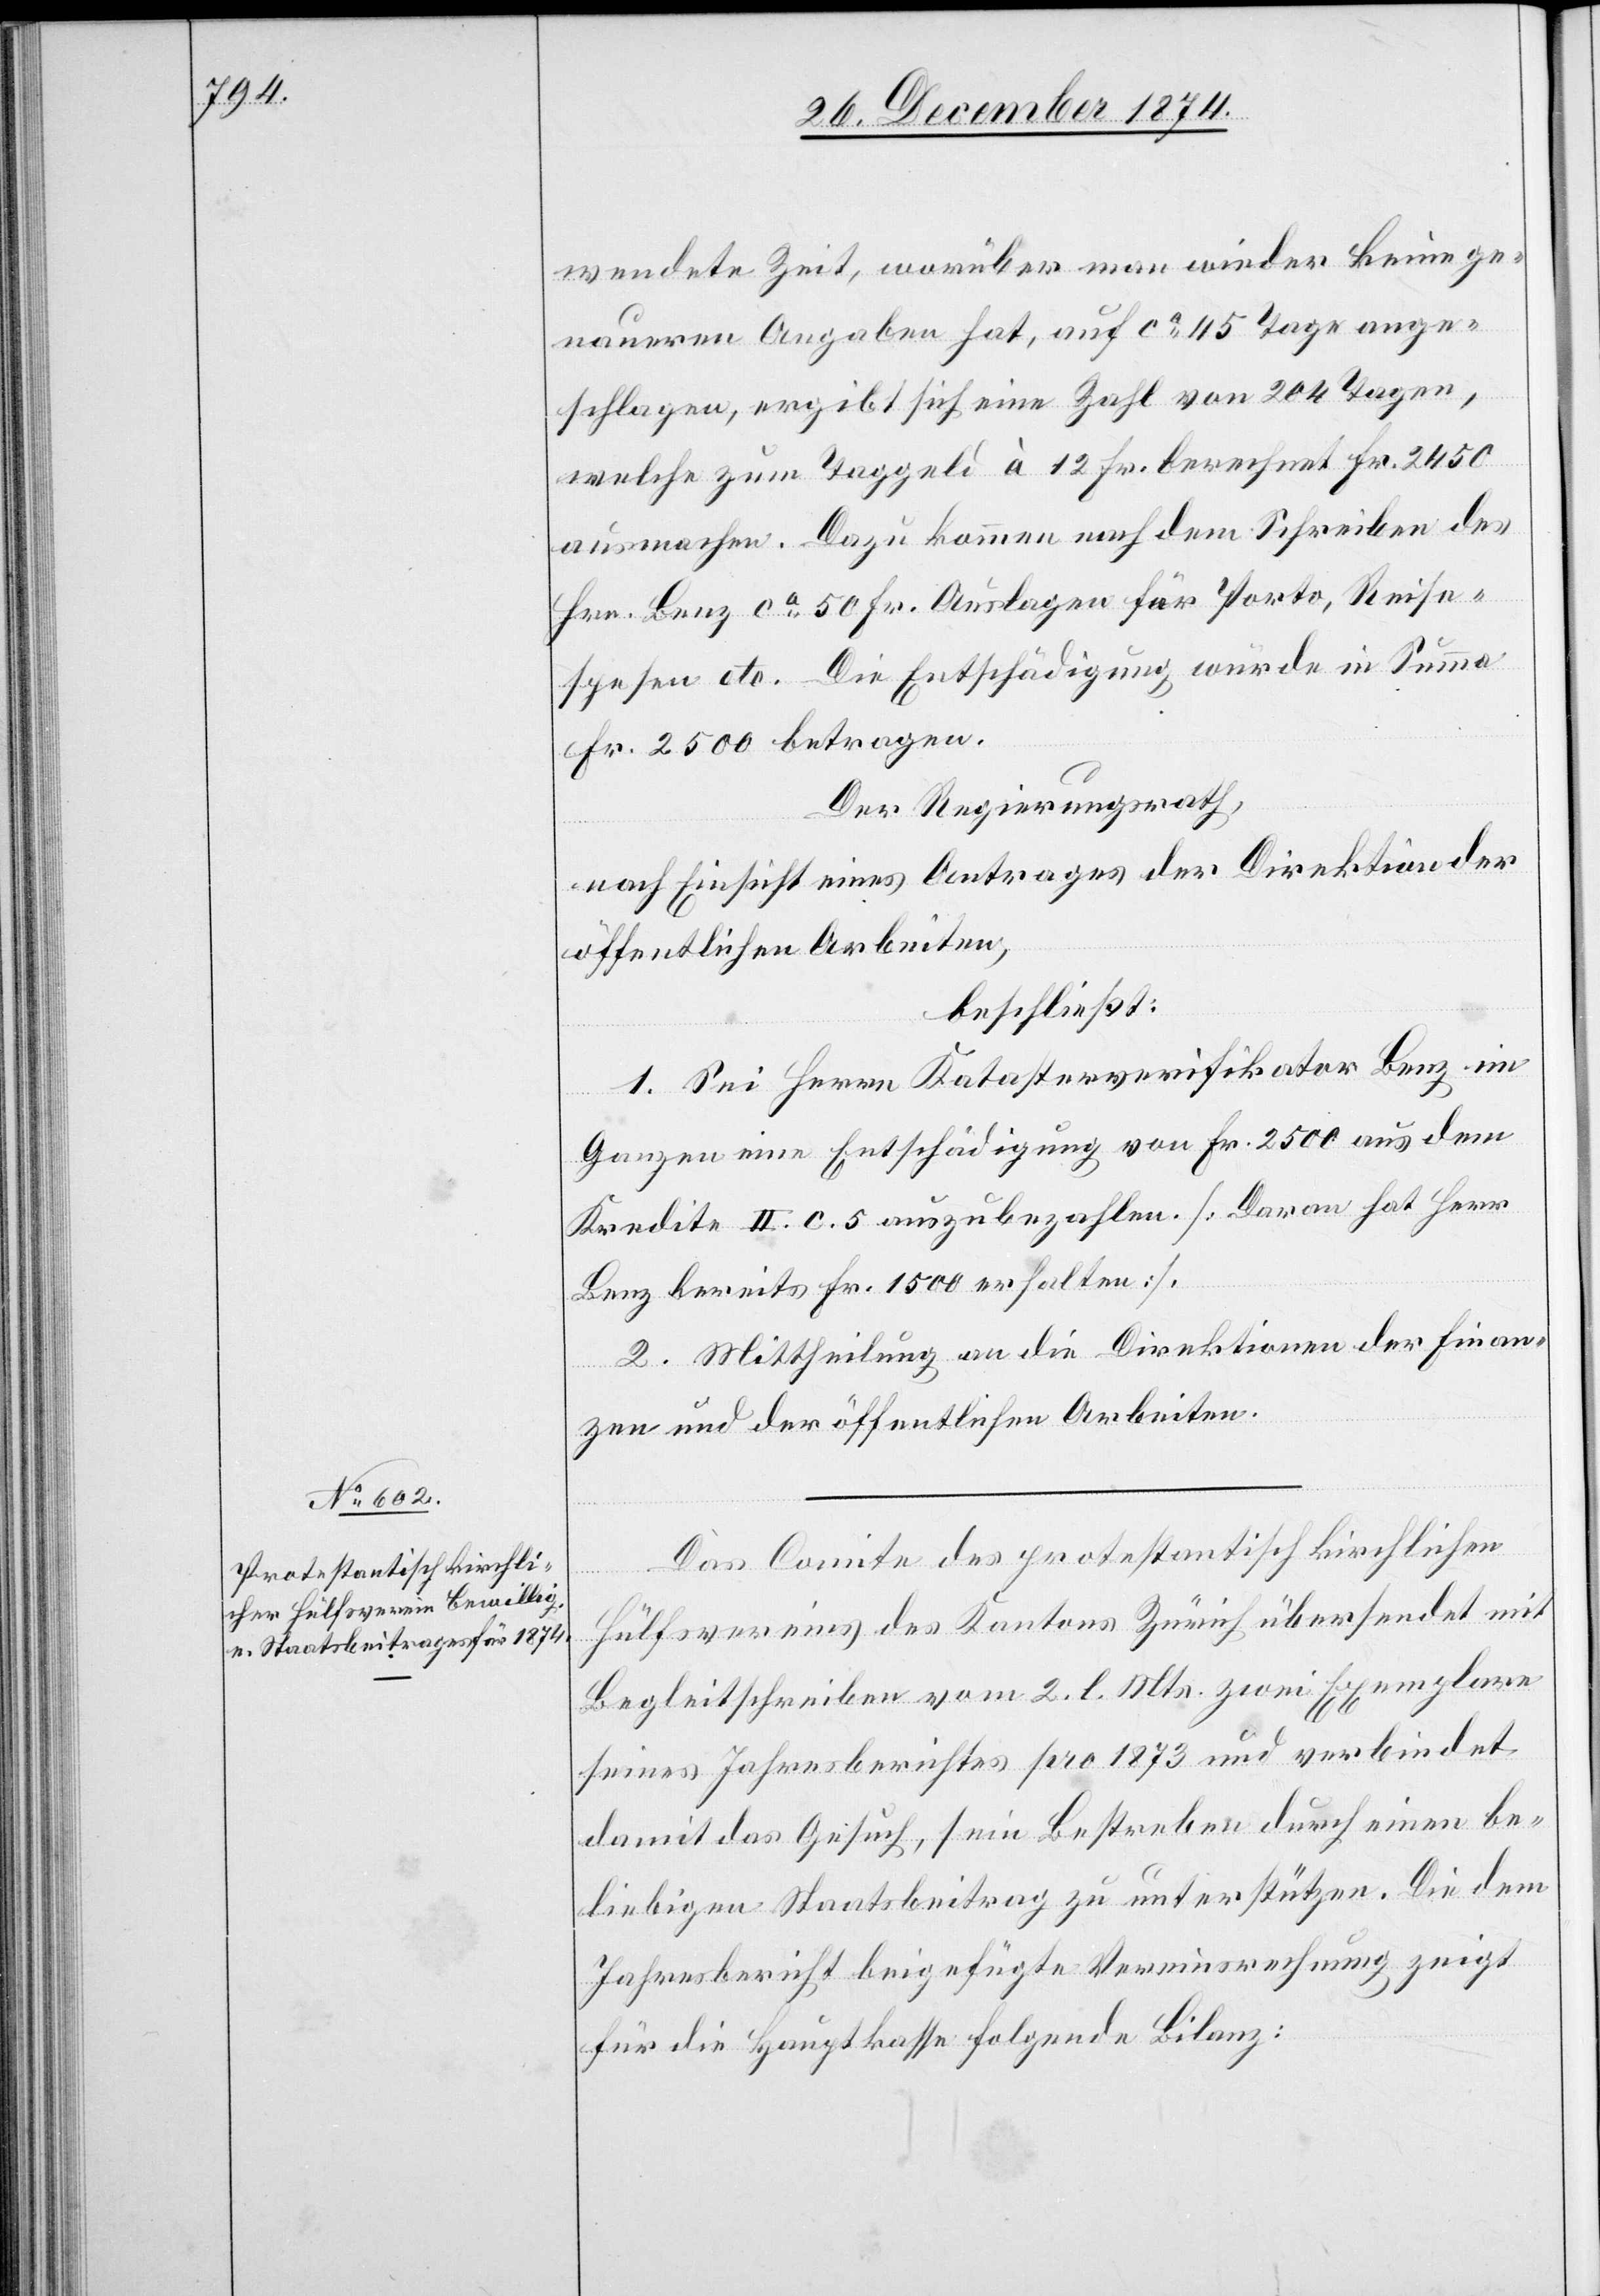
wendete Zeit, worüber man wieder keine ge¬
naueren Angaben hat, auf ca 45 Tage ange¬
schlagen, ergibt sich eine Zahl von 204 Tagen,
welche zum Taggeld à 12 Fr. berechnet Fr. 2450
ausmachen. Dazu kommen nach dem Schreiben des
Hrn. Benz ca 50 Fr. Auslagen für Porto, Reise¬
spesen etc. Die Entschädigung würde in Summa
Fr. 2500 betragen.
Der Regierungsrath,
nach Einsicht eines Antrages der Direktion der
öffentlichen Arbeiten,
beschließt:
1. Sei Herrn Katasterverifikator Benz im
Ganzen eine Entschädigung von Fr. 2500 aus dem
Kredite II. c. 5 auszubezahlen. [Daran hat Herr
Benz bereits Fr. 1500 erhalten].
2. Mittheilung an die Direktionen der Finan¬
zen und der öffentlichen Arbeiten.
Das Comite des protestantisch kirchlichen
Hüfsvereines des Kantons Zürich übersendet mit
Begleitschreiben vom 2. l. Mts. zwei Exemplare
seines Jahresberichtes pro 1873 und verbindet
damit das Gesuch, sein Bestreben durch einen be¬
liebigen Staatsbeitrag zu unterstützen. Die dem
Jahresbericht beigefügte Vereinsrechnung zeigt
für die Hauptkasse folgende Bilanz: